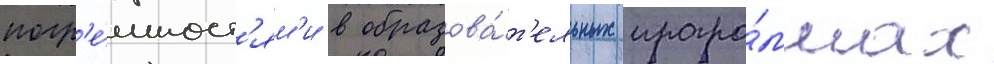
погр'е́шност'ям'и в образова́т'ельных програ́ммах